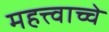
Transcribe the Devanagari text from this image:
महत्त्वाच्चे